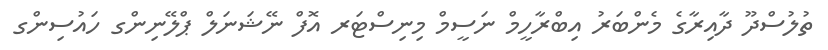
ތުލުސްދޫ ދާއިރާގެ މެންބަރު އިބްރާހީމް ނަސީމް މިނިސްޓަރ އޮފް ނޭޝަނަލް ޕްލޭނިންގ ހައުސިންގ